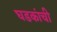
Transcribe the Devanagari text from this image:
घडकांची